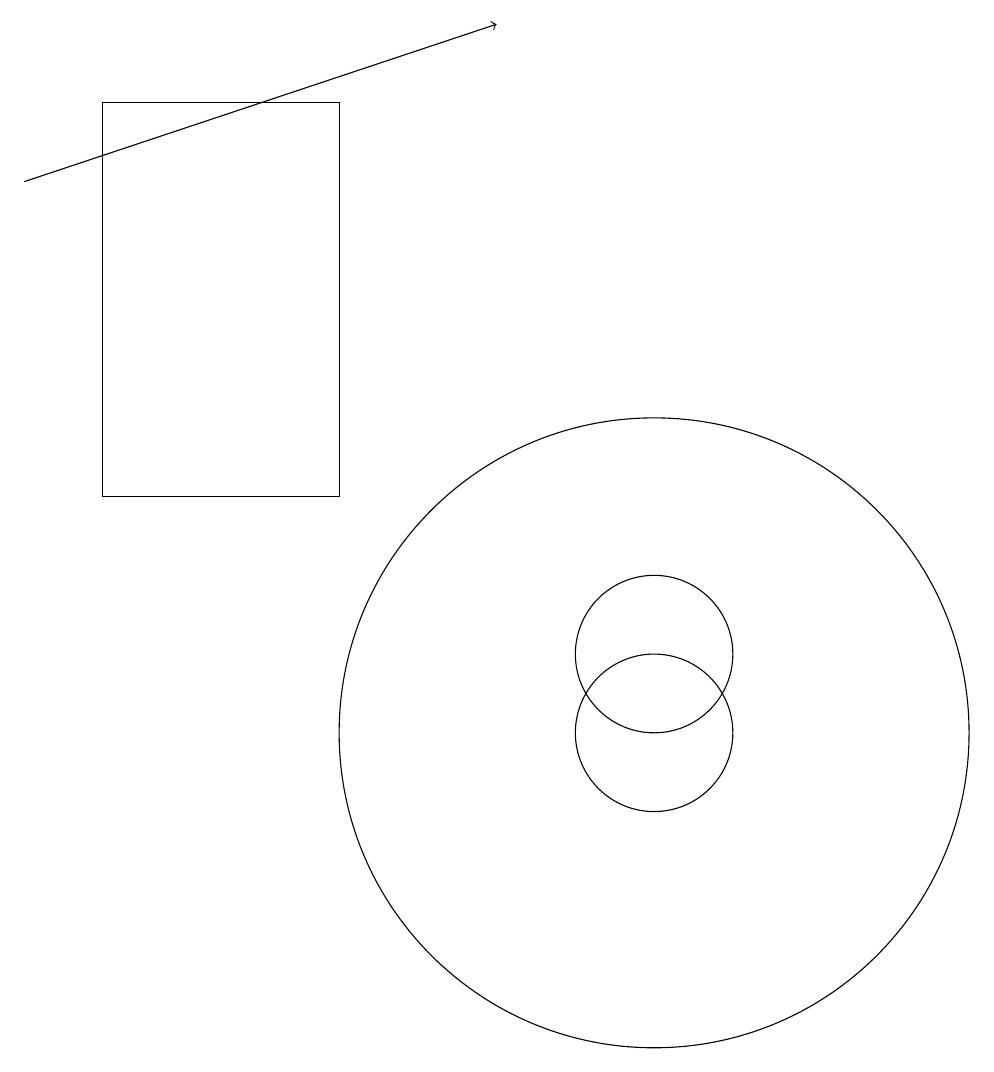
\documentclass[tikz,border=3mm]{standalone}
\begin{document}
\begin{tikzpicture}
\draw (10,10) circle (4);
\draw[->] (2,17) -- (8,19);
\draw (10,10) circle (1);
\draw (10,11) circle (1);
\draw (6,13) rectangle (3,18);
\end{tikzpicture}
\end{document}